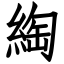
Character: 綯